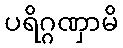
ပရိဂ္ဂဏှာမိ